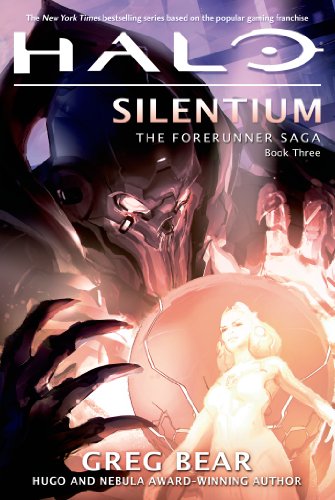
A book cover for Halo: Silentium: Book Three of the Forerunner Saga; Greg Bear; Science Fiction & Fantasy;